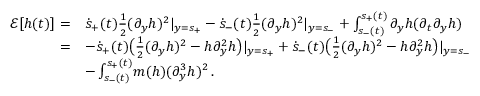
\begin{array} { r l } { \frac { \d } { \d t } \mathcal E [ h ( t ) ] = } & { \dot { s } _ { + } ( t ) \frac 1 2 ( \partial _ { y } h ) ^ { 2 } | _ { y = s _ { + } } - \dot { s } _ { - } ( t ) \frac 1 2 ( \partial _ { y } h ) ^ { 2 } | _ { y = s _ { - } } + \int _ { s _ { - } ( t ) } ^ { s _ { + } ( t ) } \partial _ { y } h ( \partial _ { t } \partial _ { y } h ) \d y } \\ { = } & { - \dot { s } _ { + } ( t ) \big ( \frac 1 2 ( \partial _ { y } h ) ^ { 2 } - h \partial _ { y } ^ { 2 } h \big ) | _ { y = s _ { + } } + \dot { s } _ { - } ( t ) \big ( \frac 1 2 ( \partial _ { y } h ) ^ { 2 } - h \partial _ { y } ^ { 2 } h \big ) | _ { y = s _ { - } } } \\ & { - \int _ { s _ { - } ( t ) } ^ { s _ { + } ( t ) } \! m ( h ) ( \partial _ { y } ^ { 3 } h ) ^ { 2 } \, \d y . } \end{array}